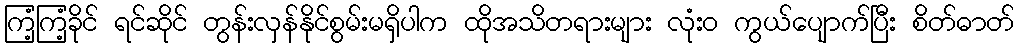
ကြံ့ကြံ့ခိုင် ရင်ဆိုင် တွန်းလှန်နိုင်စွမ်းမရှိပါက ထိုအသိတရားများ လုံးဝ ကွယ်ပျောက်ပြီး စိတ်ဓာတ်